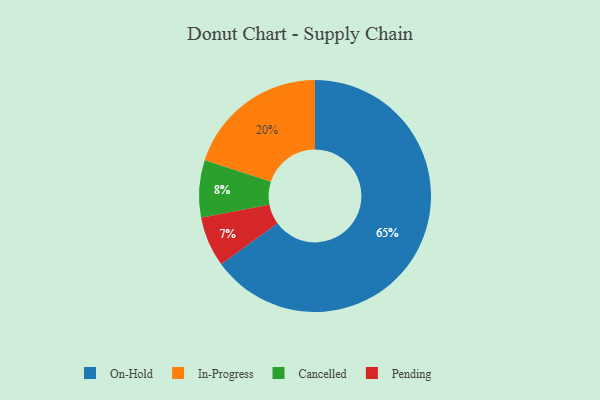
{"axis": {"x": "Category", "y": "Percentage"}, "legend": ["Cancelled", "In-Progress", "On-Hold", "Pending"], "data": [{"x": "In-Progress", "y": 20, "type": "In-Progress"}, {"x": "Pending", "y": 7, "type": "Pending"}, {"x": "Cancelled", "y": 8, "type": "Cancelled"}, {"x": "On-Hold", "y": 65, "type": "On-Hold"}]}